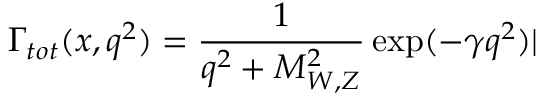
\Gamma _ { t o t } ( x , q ^ { 2 } ) = \frac { 1 } { q ^ { 2 } + M _ { W , Z } ^ { 2 } } \exp ( - \gamma q ^ { 2 } ) |